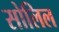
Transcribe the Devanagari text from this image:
सोलिल